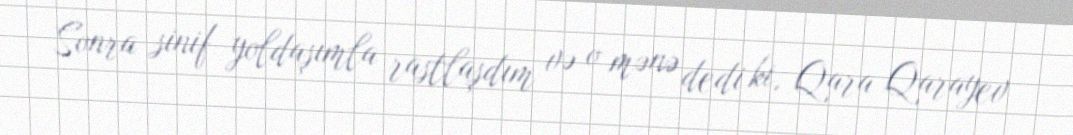
Sonra sinif yoldaşımla rastlaşdım və o mənə dedi ki, Qara Qarayev